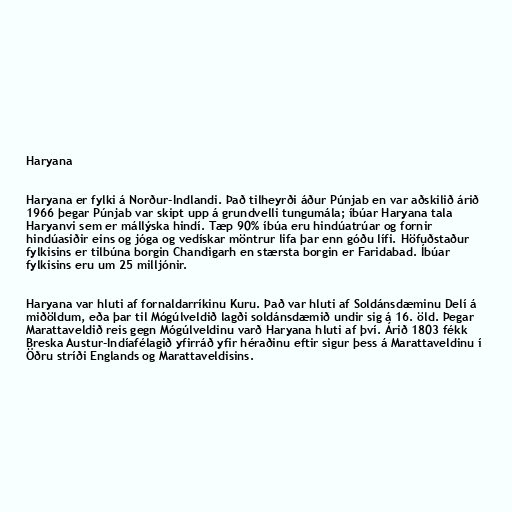
Haryana

Haryana er fylki á Norður-Indlandi. Það tilheyrði áður Púnjab en var aðskilið árið
1966 þegar Púnjab var skipt upp á grundvelli tungumála; íbúar Haryana tala
Haryanvi sem er mállýska hindí. Tæp 90% íbúa eru hindúatrúar og fornir
hindúasiðir eins og jóga og vedískar möntrur lifa þar enn góðu lífi. Höfuðstaður
fylkisins er tilbúna borgin Chandigarh en stærsta borgin er Faridabad. Íbúar
fylkisins eru um 25 milljónir.

Haryana var hluti af fornaldarríkinu Kuru. Það var hluti af Soldánsdæminu Delí á
miðöldum, eða þar til Mógúlveldið lagði soldánsdæmið undir sig á 16. öld. Þegar
Marattaveldið reis gegn Mógúlveldinu varð Haryana hluti af því. Árið 1803 fékk
Breska Austur-Indíafélagið yfirráð yfir héraðinu eftir sigur þess á Marattaveldinu í
Öðru stríði Englands og Marattaveldisins.